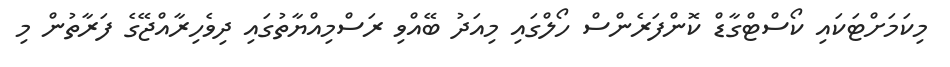
މިކަމަށްޓަކައި ކޯސްޓްގާޑް ކޮންފަރެންސް ހޯލްގައި މިއަދު ބޭއްވި ރަސްމިއްޔާތުގައި ދިވެހިރާއްޖޭގެ ފަރާތުން މި